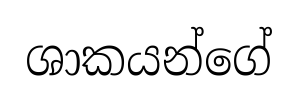
ශාකයන්ගේ